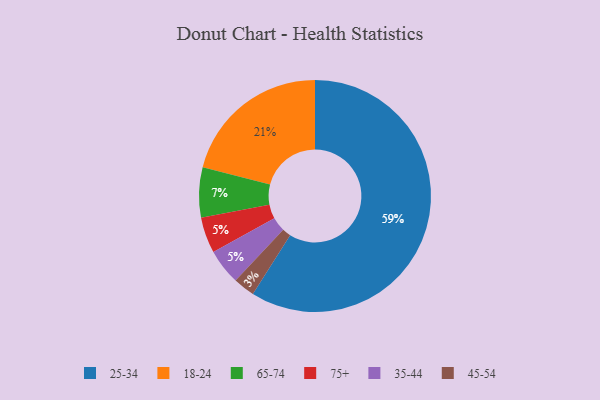
{"axis": {"x": "Category", "y": "Percentage"}, "legend": ["18-24", "25-34", "35-44", "45-54", "65-74", "75+"], "data": [{"x": "75+", "y": 5, "type": "75+"}, {"x": "25-34", "y": 59, "type": "25-34"}, {"x": "45-54", "y": 3, "type": "45-54"}, {"x": "65-74", "y": 7, "type": "65-74"}, {"x": "35-44", "y": 5, "type": "35-44"}, {"x": "18-24", "y": 21, "type": "18-24"}]}